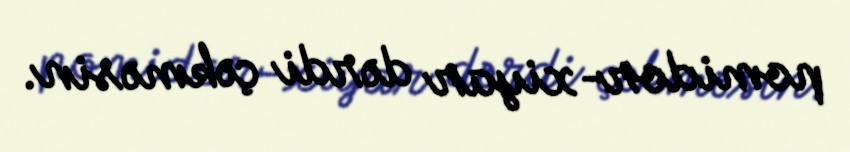
pomidor-xiyar dərdi çəkməsin.